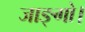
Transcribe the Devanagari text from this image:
जाङ्गो।